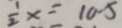
\frac { 1 } { 2 } x = 1 0 - 5